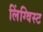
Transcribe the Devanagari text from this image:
लिंग्विस्ट